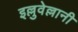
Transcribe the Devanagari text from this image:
इल्लुवेल्लानी